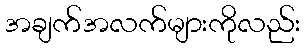
အချက်အလက်များကိုလည်း